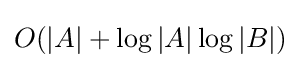
O(|A|+\log |A|\log |B|)